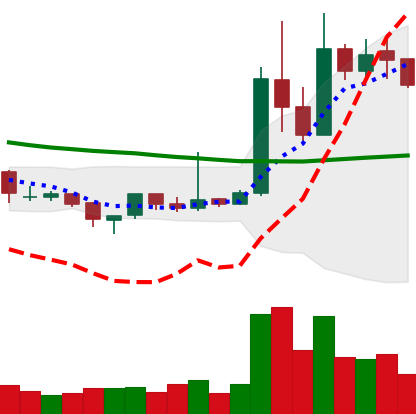
Ticker: XRP-USD
Chart end date: 2019-04-09
Forward return: -5.91%
Label: down_5_7